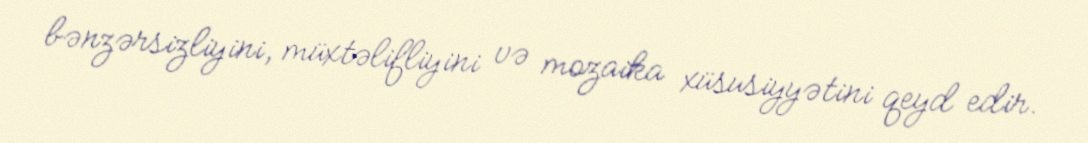
bənzərsizliyini, müxtəlifliyini və mozaika xüsusiyyətini qeyd edir.